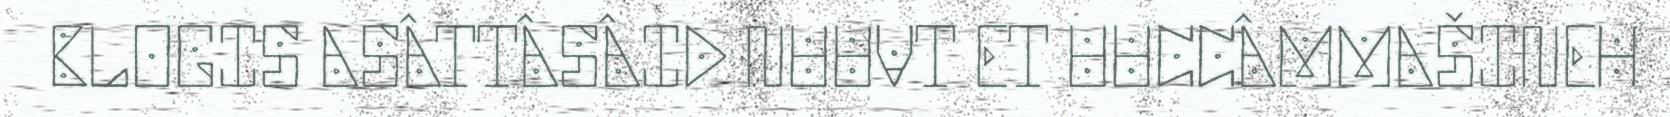
BLOGIS ASÂTTÂSÂID NUUVT ET UUCCÂMMAŠINEH